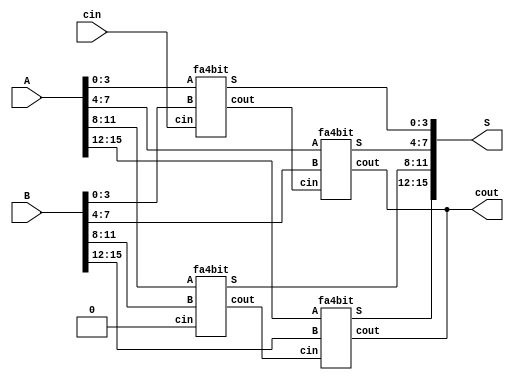
module paddsb16bit(input [15:0] A, B, input cin,
			output [15:0] S, output cout);
	
	fa4bit padd0(.A( A[3:0] ), 	.B( B[3:0] ), 	.cin( cin ), 		.S( S[3:0] ), 	.cout( ripple0 ) );
	fa4bit padd1(.A( A[7:4] ), 	.B( B[7:4] ), 	.cin( ripple0 ),	.S( S[7:4] ), 	.cout( cout ) );


	fa4bit padd2(.A( A[11:8] ), 	.B( B[11:8] ),	.cin( 1'b0 ),	.S( S[11:8] ), 	.cout( ripple2 ) );
	fa4bit padd3(.A( A[15:12] ), 	.B( B[15:12] ), .cin( ripple2 ),	.S( S[15:12] ), .cout( cout ) );

endmodule

module add16bit(input[15:0] A, B, input cin,
			output [15:0] S, output cout);

	fa4bit fa0(.A( A[3:0] ), 	.B( B[3:0] ), 	.cin( cin ), 		.S( S[3:0] ), 	.cout( ripple0 ) );
	fa4bit fa1(.A( A[7:4] ), 	.B( B[7:4] ), 	.cin( ripple0 ),	.S( S[7:4] ), 	.cout( ripple1 ) );
	fa4bit fa2(.A( A[11:8] ), 	.B( B[11:8] ),	.cin( ripple1 ),	.S( S[11:8] ), 	.cout( ripple2 ) );
	fa4bit fa3(.A( A[15:12] ), 	.B( B[15:12] ), .cin( ripple2 ),	.S( S[15:12] ), .cout( cout ) );

endmodule

module fa4bit(input[3:0] A, B, input cin,
			output [3:0] S, output cout);
	
	fa1bit fa0(.A( A[0] ), .B( B[0] ), .cin( cin ), .S( S[0] ), .cout( ripple0 ) );
	fa1bit fa1(.A( A[1] ), .B( B[1] ), .cin( ripple0 ), .S( S[1] ), .cout( ripple1 ) );
	fa1bit fa2(.A( A[2] ), .B( B[2] ), .cin( ripple1 ), .S( S[2] ), .cout( ripple2 ) );
	fa1bit fa3(.A( A[3] ), .B( B[3] ), .cin( ripple2 ), .S( S[3] ), .cout( cout ) );

endmodule


module fa1bit(input A, B, cin,
			output S, cout);
	wire w1, w2, w3;
	
	// Intermediate steps
	and (w1, A, B);
	and (w2, A, cin);
	and (w3, B, cin);

	// Compute cout
	or (cout, w1, w2, w3);

	// Compute sum
	xor (S, A, B, cin);

endmodule
/*
module paddsb16bit_tb();
	reg [15:0] A;
	reg [15:0] B;
	reg cin;
	reg COUT_LOWER, COUT_UPPER;
	reg [7:0] SUM_LOWER;
	reg [7:0] SUM_UPPER;
	wire [15:0] S;
	wire cout;
	real i;

	initial begin
		$display("Simulation of 16 Bit Parallel Sub Adder");
	end

	paddsb16bit DUT(.A(A), .B(B), .cin(cin), .S(S), .cout(cout));

	initial begin
		A=0; B=0; cin=0;
	end
	
	always @ (A, B, cin)
		begin

		for(i=0; i < 1000; i = i + 1) begin
			#1 A = $random;
			B = $random;
			assign {COUT_LOWER, SUM_LOWER} = A[7:0] + B[7:0];
			assign {COUT_UPPER, SUM_UPPER} = A[15:8] + B[15:8];
			#1
			//$monitor("%d ns: A + B + cin = %b + %b + %b = cout sum = %b %b", $time, A, B, cin, cout, S);
			if ({SUM_UPPER, SUM_LOWER} !== S) begin
				$display("ERROR");
				$display("SUM = %d", {SUM_UPPER, SUM_LOWER});
				//$monitor("%d ns: A + B + cin = %b + %b + %b = cout sum = %b %d", $time, A, B, cin, cout, S);
				$monitor("%g ns: sum = %d", $time, S);
			end
		end
	#10 $stop;
	end

endmodule

module fa16bit_tb ();
	reg [15:0] A;
	reg [15:0] B;
	reg cin;
	reg COUT;
	reg [15:0] SUM;
	wire [15:0] S;
	wire cout;
	real i;

	initial begin
		$display("Simulation of 16 Bit Full Adder");
	end

	add16bit DUT(.A(A), .B(B), .cin(cin), .S(S), .cout(cout));

	initial begin
		A=0; B=0; cin=0;
	end
	
	always @ (A, B, cin)
		begin

		for(i=0; i < 1000; i = i + 1) begin
			#1 A = $random;
			B = $random;
			cin = $random;
			assign {COUT, SUM} = A + B + cin;
			#1
			//$monitor("%d ns: A + B + cin = %b + %b + %b = cout sum = %b %b", $time, A, B, cin, cout, S);
			if (SUM !== S || COUT !== cout) begin
				$display("ERROR");
				$display("SUM = %d COUT = %b", SUM, COUT);
				//$monitor("%d ns: A + B + cin = %b + %b + %b = cout sum = %b %d", $time, A, B, cin, cout, S);
				$monitor("%g ns: sum = %d cout = %b", $time, S, cout);
			end
		end
	#10 $stop;
	end

endmodule


module fa4bit_tb ();
	reg [3:0] A;
	reg [3:0] B;
	reg cin;
	wire [3:0] S;
	wire cout;
	integer i;

	initial begin
		$display("Simulation of Four Bit Full Adder");
	end

	fa4bit DUT(.A(A), .B(B), .cin(cin), .S(S), .cout(cout));

	initial begin
		A=0; B=0; cin=0;
	end
	
	always @ (A, B, cin)
		begin

		for(i=0; i < 16*16*2; i = i + 1) begin
			#1 {A, B, cin} = i;
			$monitor("%d ns: A + B + cin = %b + %b + %b = cout sum = %b %b", $time, A, B, cin, cout, S);
			end
		#10 $stop;
		end

endmodule

module fa1bit_tb ();
	reg A, B, cin;
	wire S, cout;
	integer i;

	initial begin
		$display("Simulation of One Bit Full Adder");
	end

	fa1bit DUT(.A(A), .B(B), .cin(cin), .S(S), .cout(cout));

	initial begin
		A=0; B=0; cin=0;
	end
	
	always @ (A, B, cin)
		begin

		for(i=0; i < 8; i = i + 1) begin
			#10 {A, B, cin} = i;
			$monitor("%d ns: A + B + cin = %b + %b + %b = cout sum = %b %b", $time, A, B, cin, cout, S);
			end
		#10 $stop;
		end

endmodule
*/